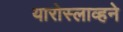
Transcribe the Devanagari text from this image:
यारोस्लाव्हने